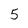
Character: 5